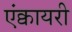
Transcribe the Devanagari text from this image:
एंक्वायरी